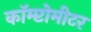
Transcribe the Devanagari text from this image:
कॉम्प्टोमीटर